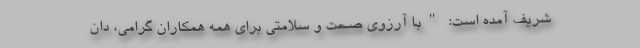
شریف آمده است: "با آرزوی صحت و سلامتی برای همه همکاران گرامی، دان